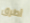
أطرق